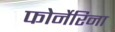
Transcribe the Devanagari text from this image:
फोर्नेरिना